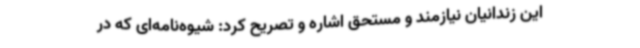
این زندانیان نیازمند و مستحق اشاره و تصریح کرد: شیوه‌نامه‌ای که در